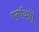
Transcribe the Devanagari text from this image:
एनॉयनों